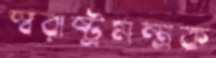
স্বরাষ্ট্রমন্ত্রক